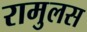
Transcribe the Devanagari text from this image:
रामुलस